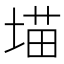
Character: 𪣲